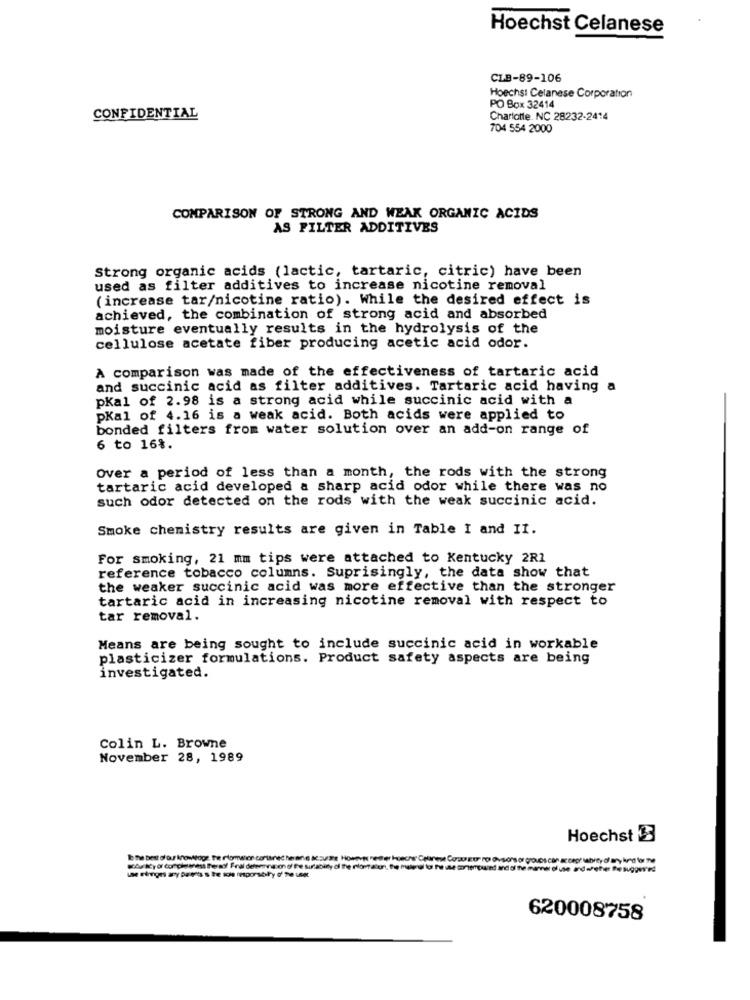
Hoechst Celanese
CLB-89-106
Hoechs: Celanese Corporation
PO Box 32414
CONFIDENTIAL
Charlotte, NC 28232-2414
704 554 2000
COMPARISON OF STRONG AND WEAK ORGANIC ACIDS
AS FILTER ADDITIVES
Strong organic acids (lactic, tartaric, citric) have been
used as filter additives to increase nicotine removal
(increase tar/nicotine ratio). While the desired effect is
achieved, the combination of strong acid and absorbed
moisture eventually results in the hydrolysis of the
cellulose acetate fiber producing acetic acid odor.
A comparison was made of the effectiveness of tartaric acid
and succinic acid as filter additives. Tartaric acid having
pKal of 2.98 is a strong acid while succinic acid with a
pKal of 4.16 is a weak acid. Both acids were applied to
bonded filters from water solution over an add-on range of
6 to 16%.
Over a period of less than a month, the rods with the strong
tartaric acid developed a sharp acid odor while there was no
such odor detected on the rods with the weak succinic acid.
Smoke chemistry results are given in Table I and II.
For smoking, 21 mm tips were attached to Kentucky 2R1
reference tobacco columns. Suprisingly, the data show that
the weaker succinic acid was more effective than the stronger
tartaric acid in increasing nicotine removal with respect to
tar removal.
Means are being sought to include succinic acid in workable
plasticizer formulations. Product safety aspects are being
investigated.
Colin L. Browne
November 28, 1989
Hoechst 3
IEne best of os knowtoge, tre Plomaior contanec herand Mouse Howe-t reser Hoechs
620008758